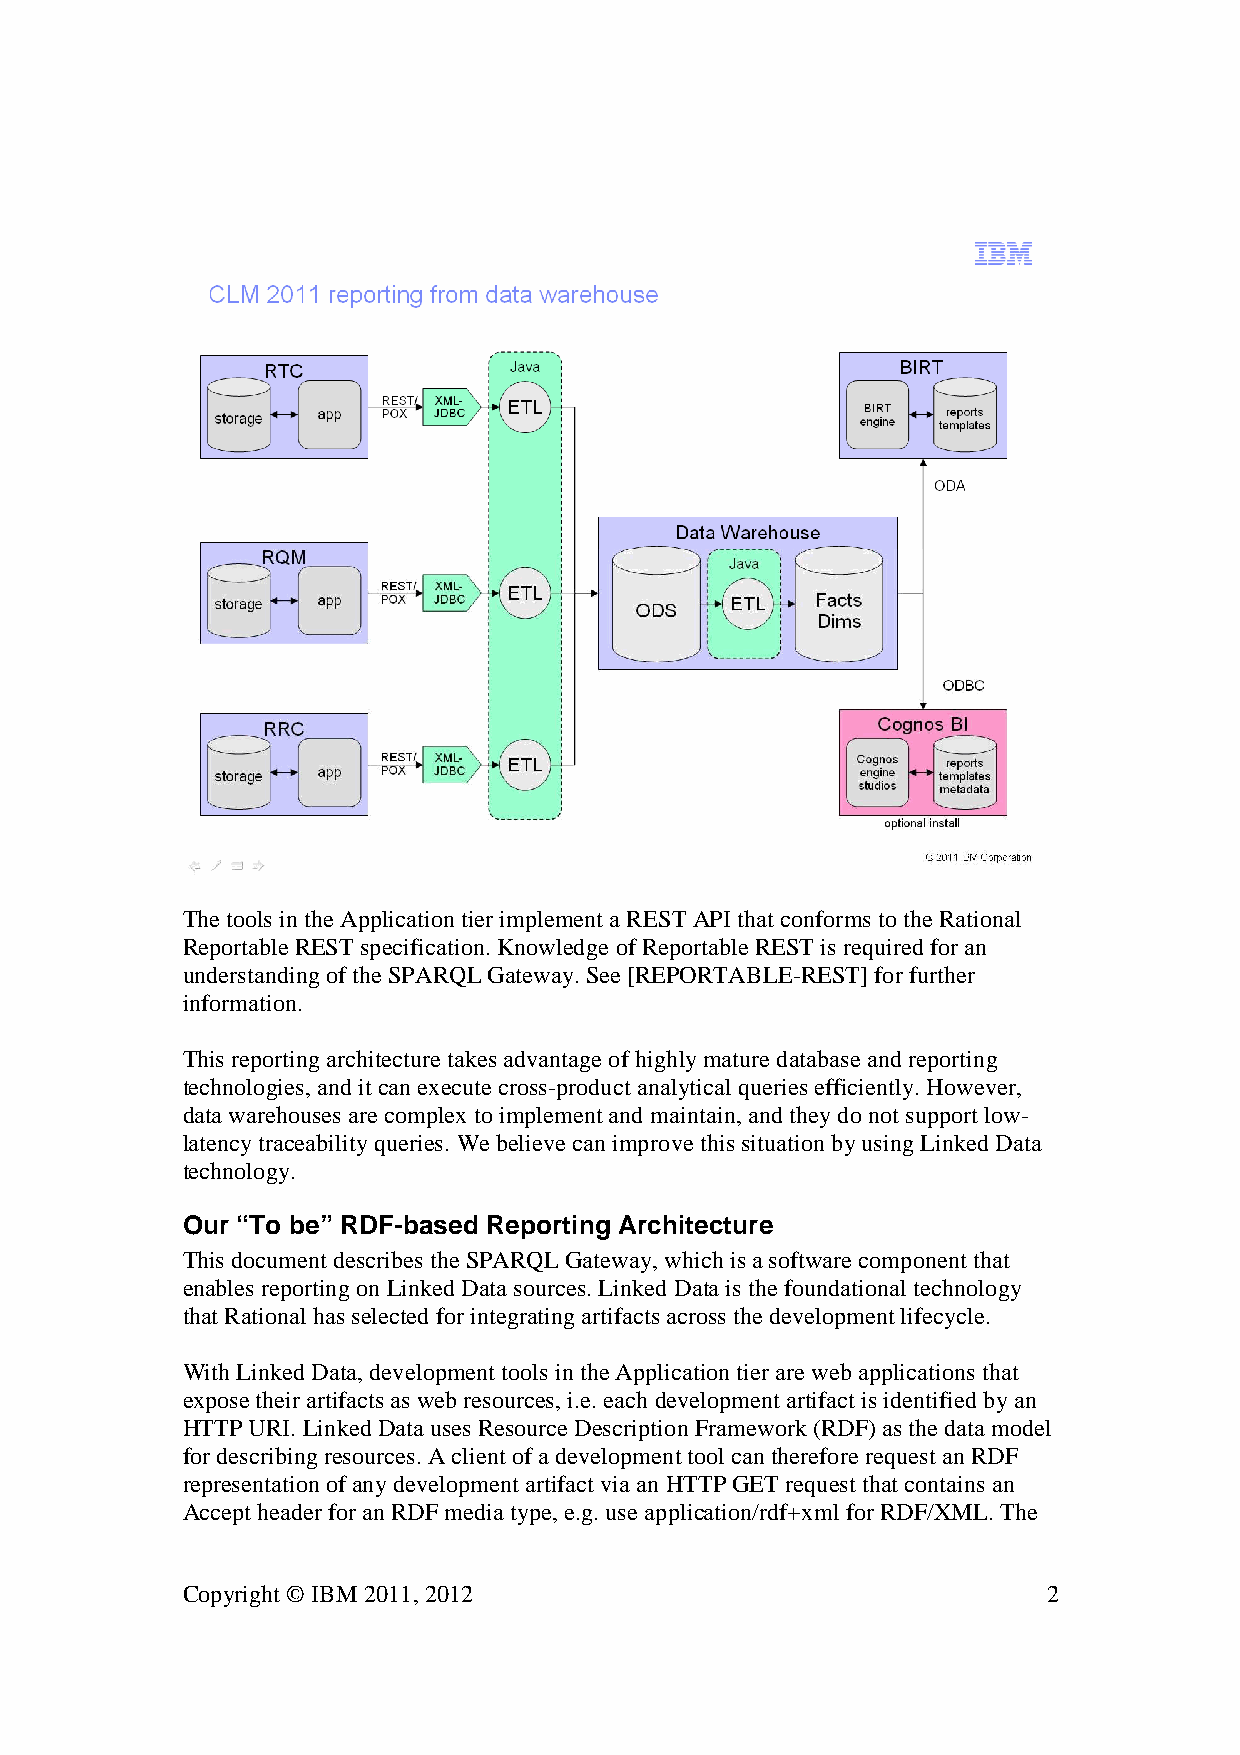
The tools in the Application tier implement a REST API that conforms to the Rational
 Reportable REST specification. Knowledge of Reportable REST is required for an
 understanding of the SPARQL Gateway. See [REPORTABLE-REST] for further
 information.
 This reporting architecture takes advantage of highly mature database and reporting
 technologies, and it can execute cross-product analytical queries efficiently. However,
 data warehouses are complex to implement and maintain, and they do not support low-
 latency traceability queries. We believe can improve this situation by using Linked Data
 technology.
 Our “To be” RDF-based Reporting Architecture
 This document describes the SPARQL Gateway, which is a software component that
 enables reporting on Linked Data sources. Linked Data is the foundational technology
 that Rational has selected for integrating artifacts across the development lifecycle.
 With Linked Data, development tools in the Application tier are web applications that
 expose their artifacts as web resources, i.e. each development artifact is identified by an
 HTTP URI. Linked Data uses Resource Description Framework (RDF) as the data model
 for describing resources. A client of a development tool can therefore request an RDF
 representation of any development artifact via an HTTP GET request that contains an
 Accept header for an RDF media type, e.g. use application/rdf+xml for RDF/XML. The
 Copyright © IBM 2011, 2012                               2